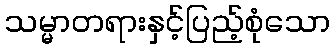
သမ္မာတရားနှင့်ပြည့်စုံသော